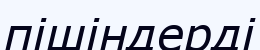
пішіндерді